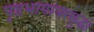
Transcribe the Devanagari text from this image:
पृष्ठभागांवरसुद्धा